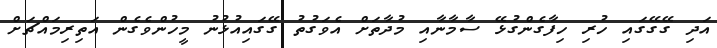
އަދި ގޭގޭގައި ހުރި ހިފާގެންގުޅޭ ސާމާނާއި މުދާތަށް އެވަގުތު ގޭގައިއުޅުނު މީހުންވެގެން އަތިރިމައްޗަށް